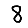
Digit: 8